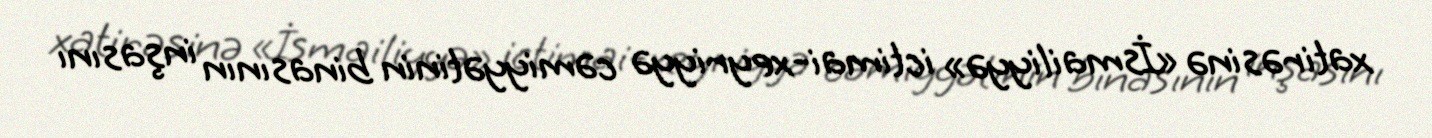
xatirəsinə «İsmailiyyə» ictimai-xeyriyyə cəmiyyətinin binasının inşasını